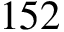
1 5 2